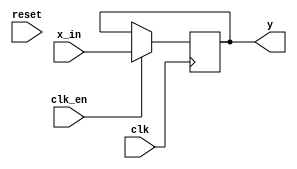
module down_sampler_2_1(input clk,
	input reset,
	input clk_en,
	input signed [17:0] x_in,
	output reg signed [17:0] y
);

reg sampler;
reg [1:0] counter;



// always @ *
//     case(counter)
//     2'b00: sampler <= 1;
//     default: sampler <= 0;
//     endcase

// always @ (posedge clk)
// begin
//     if (reset)
//         counter <= 0;
//     else
//         counter = counter + 1'b1;
// end
/// remove this for board implementation

 ///
always @ (posedge clk)
if(clk_en)
    y <= x_in;

endmodule